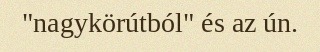
"nagykörútból" és az ún.